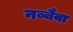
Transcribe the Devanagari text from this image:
नब्बैवा